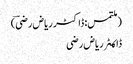
(ملتمس: ڈاکٹر ریاض رضیؔ)
ڈاکـٹر ریاض رضی